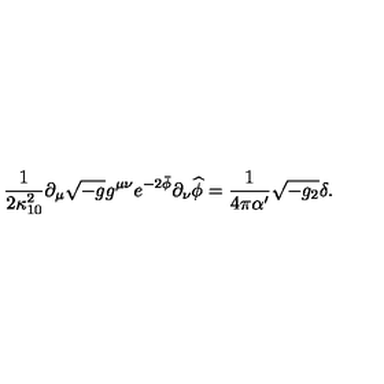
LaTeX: \frac { 1 } { 2 \kappa _ { 1 0 } ^ { 2 } } \partial _ { \mu } \sqrt { - g } g ^ { \mu \nu } e ^ { - 2 \bar { \phi } } \partial _ { \nu } \widehat { \phi } = \frac { 1 } { 4 \pi \alpha ^ { \prime } } \sqrt { - g _ { 2 } } \delta .